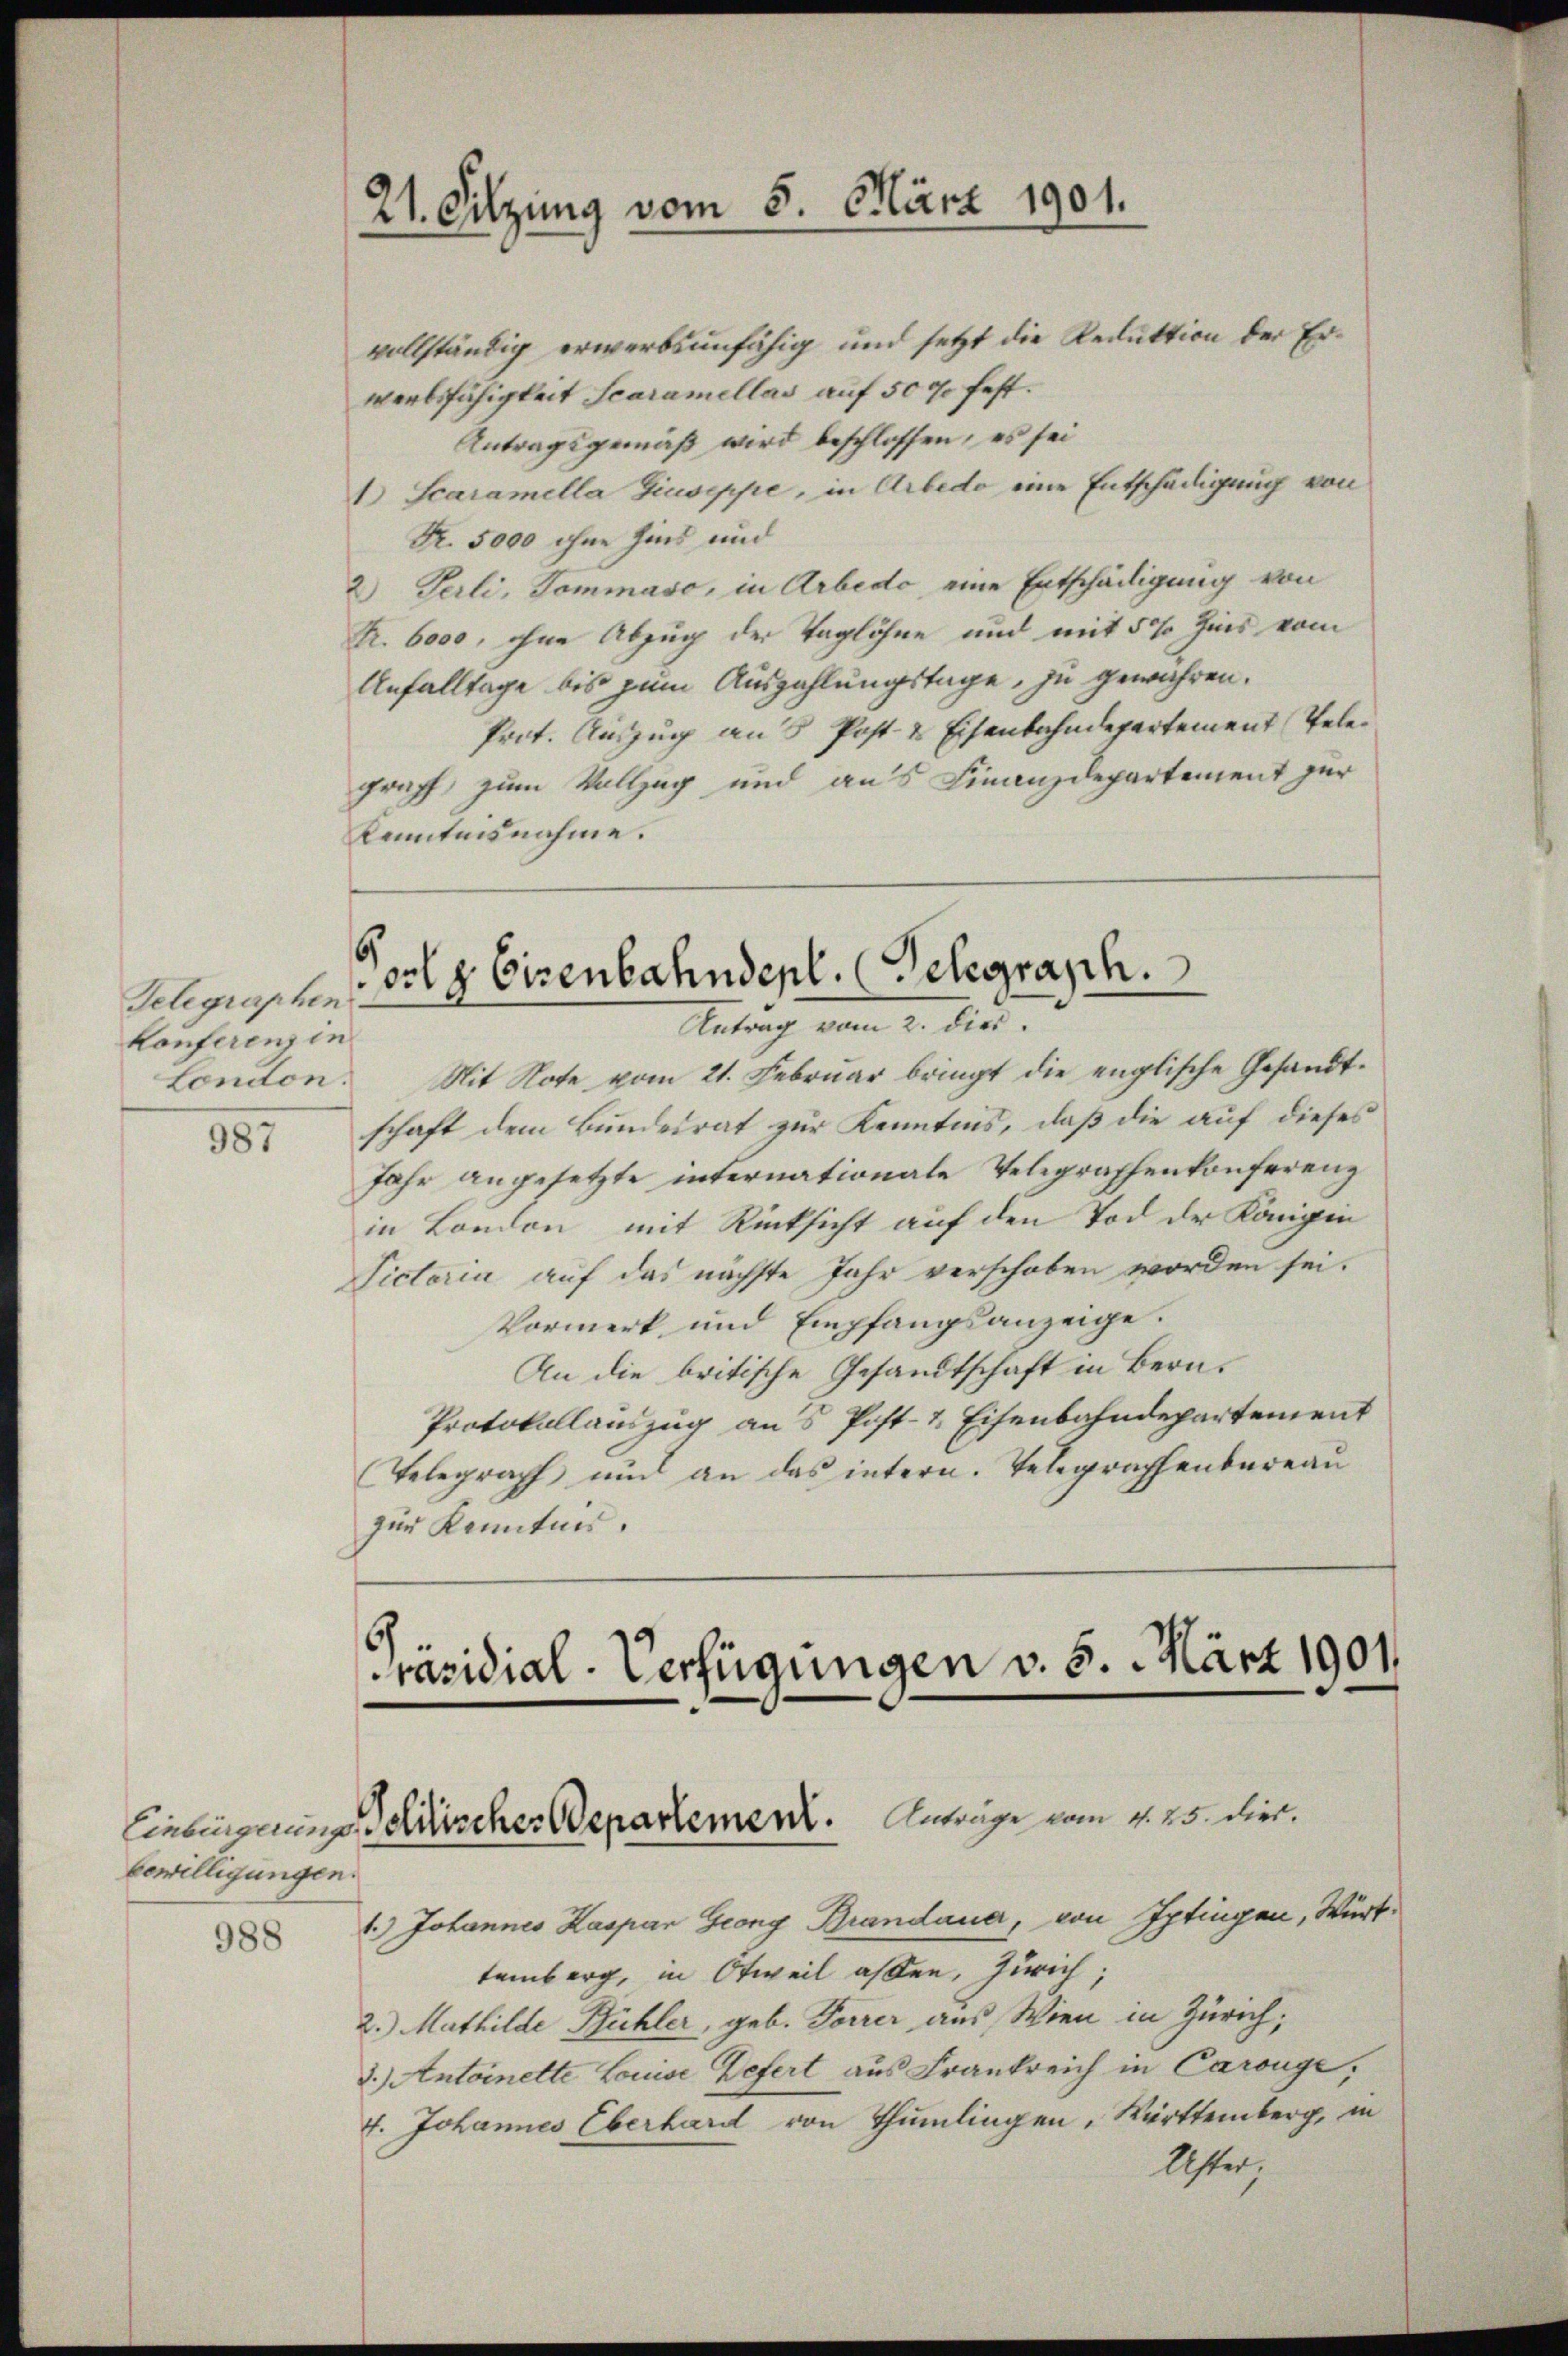
Telegraphen
Konferenz in

987

bewilligungen.

988

21. Sitzung vom 5. März 1901.

vollständig erwerbsunfähig und setzt die Reduktion der Erwerbsfähigkeit Scaramellas auf 500 fest.
Antragsgemäß wird beschlossen, es sei
1.) Scaramella Giuseppe, in Arbedo eine Entschädigung von
Fr. 5000 ohne hins und
2) Verli, Tommaso, in Arbedo eine Entschädigung von
tr. 6000, ohne Abzug der Taglöhne und mit 5% Zins vom
Unfalltage bis zum Auszahlungstage, zu gewähren.
Prot. Auszug an 5 Post & Eisenbahndepartement Telegraff zum Vollzug und aus Finanzdepartement zur
Kenntnisnahme.

Ortz Eisenbahndepl. (Telegraph.
Antrag vom 2. dies

London. Mit Note vom 21. Februar bringt die englische Gesandtschaft dem Bundesrat zur Kenntnis, daß die auf dieses
Jahr angesetzte internationale Telegraphenkonferenz
in London mit Rücksicht auf den Tod der Königin
Victoria auf das nächste Jahr verschoben worden sei.
Vormerk und Empfangsanzeige.
An die britische Gesandtschaft in Bern.
Protokollauszug aus Post- & Eisenbahndepartement
Telegraph und an das intern. Telegraphenbureau
zur Kenntnis.

Präsidial-Verfügungen v. 5. März 1901.
Einbingerung descher Departement. Anträge vom 4. 25. Dier.

6.) Johannes Kaspar Georg Brandauer, von Iptingen, Württemberg, in Otweil assen, Zürich;
2.) Mathilde Bühler, geb. Forrer aus Wien in Zürich;
3.) Antoinette Louise Befert aus Frankreich in Carouge
f. Johannes Eberhard von Thumlingen, Württemberg, in
Uster,